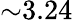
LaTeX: {\sim}3.24